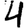
Digit: 4